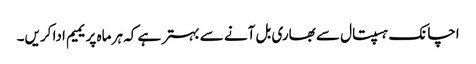
اچانک ہسپتال سے بھاری بل آنے سے بہتر ہے کہ ہر ماہ پریمیم ادا کریں۔